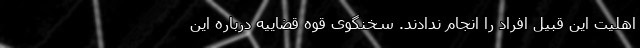
اهلیت این قبیل افراد را انجام ندادند. سخنگوی قوه قضاییه درباره این